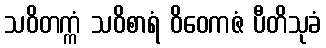
သဝိတက္ကံ သဝိစာရံ ဝိဝေကဇံ ပီတိသုခံ